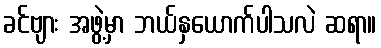
ခင်ဗျား အဖွဲ့မှာ ဘယ်နှယောက်ပါသလဲ ဆရာ။